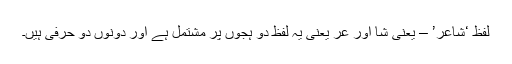
لفظ ‘شاعر’ – یعنی شا اور عر یعنی یہ لفظ دو ہجوں پر مشتمل ہے اور دونوں دو حرفی ہیں۔